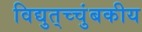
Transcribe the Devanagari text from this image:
विद्युत्‌च्चुंबकीय